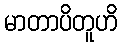
မာတာပိတူဟိ